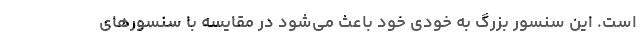
است. این سنسور بزرگ به خودی خود باعث می‌شود در مقایسه با سنسورهای